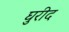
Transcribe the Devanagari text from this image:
घुरीद